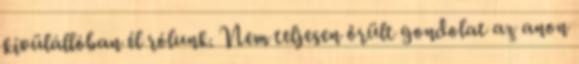
kívülállóban él rólunk. Nem teljesen őrült gondolat az anon